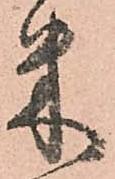
米